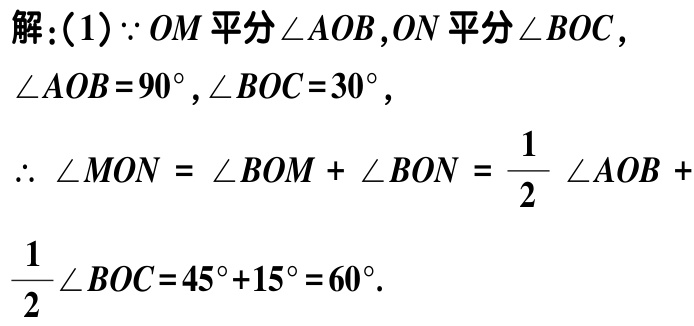
解：(1)$\because OM$平分$\angle AOB$,$ON$平分$\angle BOC$,

$\angle AOB = 90^{\circ}$,$\angle BOC = 30^{\circ}$,

$\therefore \angle MON = \angle BOM + \angle BON = \dfrac{1}{2}\angle AOB +

\dfrac{1}{2}\angle BOC = 45^{\circ}+15^{\circ}=60^{\circ}$.